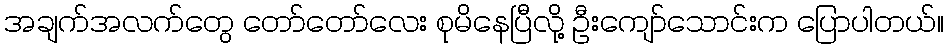
အချက်အလက်တွေ တော်တော်လေး စုမိနေပြီလို့ ဦးကျော်သောင်းက ပြောပါတယ်။